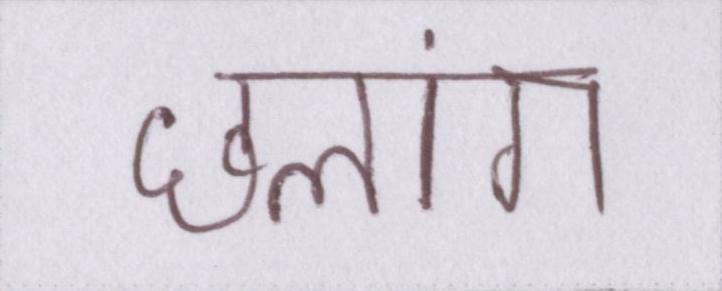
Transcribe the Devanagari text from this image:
छलांग